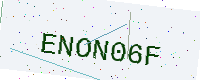
Text: ENON06F